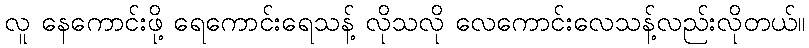
လူ နေကောင်းဖို့ ရေကောင်းရေသန့် လိုသလို လေကောင်းလေသန့်လည်းလိုတယ်။